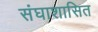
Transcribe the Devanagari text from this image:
संघाशासित